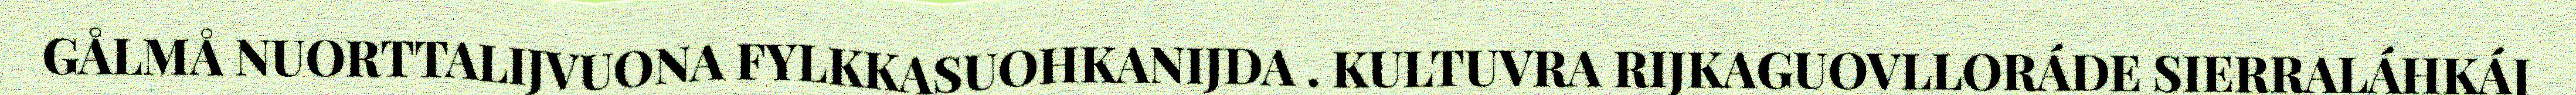
GÅLMÅ NUORTTALIJVUONA FYLKKASUOHKANIJDA . KULTUVRA RIJKAGUOVLLORÁDE SIERRALÁHKÁJ